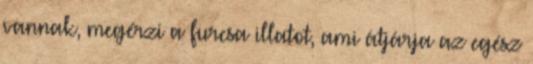
vannak, megérzi a furcsa illatot, ami átjárja az egész